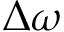
\Delta \omega